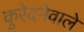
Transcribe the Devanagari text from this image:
कुरेदनेवाले